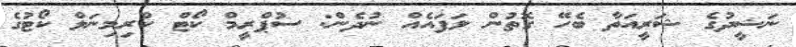
ނަޝީދުގެ ޝަރީއަތާ ބެހޭ ގޮތުން ލަފައެއް ނުދެން: ސުޕްރީމް ކޯޓް ކްރިމިނަލް ކޯޓުގެ